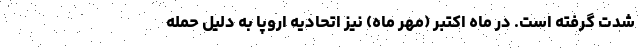
شدت گرفته است. در ماه اکتبر (مهر ماه) نیز اتحادیه اروپا به دلیل حمله